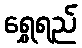
ရွှေရည်